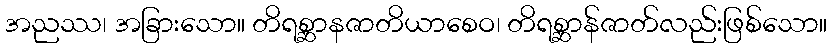
အညဿ၊ အခြားသော။ တိရစ္ဆာနဇာတိယာစေဝ၊ တိရစ္ဆာန်ဇာတ်လည်းဖြစ်သော။